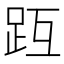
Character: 𧿟